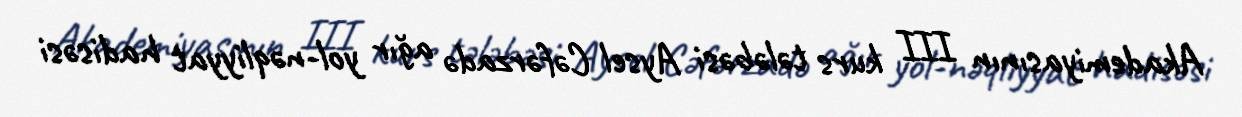
Akademiyasının III kurs tələbəsi Aysel Cəfərzadə ağır yol-nəqliyyat hadisəsi